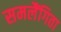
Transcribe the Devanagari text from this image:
समलैंगिता